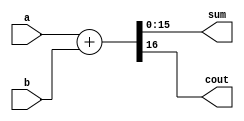

module Accumulator(
    input wire [15:0]a,
    input wire [15:0]b,
    output wire [15:0]sum,
    output wire cout
    );
    assign {cout,sum} = a + b;
endmodule
module AcceptExpense (
    input [15:0]bin_a,
    input [15:0]prev_accum_a,

    output [15:0]accum_a
);
    wire y;
    Accumulator accum(
        .a(bin_a),
        .b(prev_accum_a),
        .sum(accum_a),
        .cout(y)
    );
    
endmodule

module bcd_comparator_16bit(
    input wire [15:0]a,
    input wire [15:0]b,
    output wire equal,
    output wire a_greater,
    output wire b_greater
);
//compartor
wire x0,x1,x2,x3,x4,x5,x6,x7,x8,x9,x10,x11,x12,x13,x14,x15;
assign x0= ~(a[0] ^ b[0]);
assign x1= ~(a[1] ^ b[1]);
assign x2= ~(a[2] ^ b[2]);
assign x3= ~(a[3] ^ b[3]); 
assign x4= ~(a[4] ^ b[4]);
assign x5= ~(a[5] ^ b[5]);
assign x6= ~(a[6] ^ b[6]);
assign x7= ~(a[7] ^ b[7]);
assign x8= ~(a[8] ^ b[8]);
assign x9= ~(a[9] ^ b[9]);
assign x10= ~(a[10] ^ b[10]);
assign x11= ~(a[11] ^ b[11]);
assign x12= ~(a[12] ^ b[12]);
assign x13= ~(a[13] ^ b[13]);
assign x14= ~(a[14] ^ b[14]);
assign x15= ~(a[15] ^ b[15]);
//logic comparator

assign equal=(x15 & x14 & x13 & x12 & x11 & x10 & x9 & x8 & x7 & x6 & x5 & x4 & x3 & x2 & x1 & x0);
assign a_greater=((a[15] & ~b[15]) | (x15 & a[14] & ~b[14]) | (x15 & x14 & a[13] & ~b[13]) | (x15 & x14 & x13 & a[12] & ~b[12]) | (x15 & x14 & x13 & x12 & a[11] & ~b[11]) | (x15 & x14 & x13 & x12 & x11 & a[10] & ~b[10]) | (x15 & x14 & x13 & x12 & x11 & x10 & a[9] & ~b[9]) | (x15 & x14 & x13 & x12 & x11 & x10 & x9 & a[8] & ~b[8]) | (x15 & x14 & x13 & x12 & x11 & x10 & x9 & x8 & a[7] & ~b[7]) | (x15 & x14 & x13 & x12 & x11 & x10 & x9 & x8 & x7 & a[6] & ~b[6]) | (x15 & x14 & x13 & x12 & x11 & x10 & x9 & x8 & x7 & x6 & a[5] & ~b[5]) | (x15 & x14 & x13 & x12 & x11 & x10 & x9 & x8 & x7 & x6 & x5 & a[4] & ~b[4]) | (x15 & x14 & x13 & x12 & x11 & x10 & x9 & x8 & x7 & x6 & x5 & x4 & a[3] & ~b[3]) | (x15 & x14 & x13 & x12 & x11 & x10 & x9 & x8 & x7 & x6 & x5 & x4 & x3 & a[2] & ~b[2]) | (x15 & x14 & x13 & x12 & x11 & x10 & x9 & x8 & x7 & x6 & x5 & x4 & x3 & x2 & a[1] & ~b[1]) | (x15 & x14 & x13 & x12 & x11 & x10 & x9 & x8 & x7 & x6 & x5 & x4 & x3 & x2 & x1 &a[0]&~b[0]));
assign b_greater=((~a[15] & b[15]) | (x15 & ~a[14] & b[14]) | (x15 & x14 & ~a[13] & b[13]) | (x15 & x14 & x13 & ~a[12] & b[12]) | (x15 & x14 & x13 & x12 & ~a[11] & b[11]) | (x15 & x14 & x13 & x12 & x11 & ~a[10] & b[10]) | (x15 & x14 & x13 & x12 & x11 & x10 & ~a[9] & b[9]) | (x15 & x14 & x13 & x12 & x11 & x10 & x9 & ~a[8] & b[8]) | (x15 & x14 & x13 & x12 & x11 & x10 & x9 & x8 & ~a[7] & b[7]) | (x15 & x14 & x13 & x12 & x11 & x10 & x9 & x8 & x7 & ~a[6] & b[6]) | (x15 & x14 & x13 & x12 & x11 & x10 & x9 & x8 & x7 & x6 & ~a[5] & b[5]) | (x15 & x14 & x13 & x12 & x11 & x10 & x9 & x8 & x7 & x6 & x5 & ~a[4] & b[4]) | (x15 & x14 & x13 & x12 & x11 & x10 & x9 & x8 & x7 & x6 & x5 & x4 & ~a[3] & b[3]) | (x15 & x14 & x13 & x12 & x11 & x10 & x9 & x8 & x7 & x6 & x5 & x4 & x3 & ~a[2] & b[2]) | (x15 & x14 & x13 & x12 & x11 & x10 & x9 & x8 & x7 & x6 & x5 & x4 & x3 & x2 & ~a[1] & b[1]) | (x15 & x14 & x13 & x12 & x11 & x10 & x9 & x8 & x7 & x6 & x5 & x4 & x3 & x2 & x1 & ~a[0]&b[0]));

endmodule


module Executor(
    input [15:0] budget,
    input [15:0] ninebudget,
    input [15:0]a_expense,
    input [15:0]b_expense,
    input [15:0]prev_accum_a,
    input [15:0]prev_accum_b,
    output [15:0]accum_a,
    output [15:0]accum_b,
    output [15:0]cumulative,
    output [2:0] led_gyr
);
    

        wire i,o,p,o1,p1;
        AcceptExpense m6(a_expense,prev_accum_a,accum_a);
        AcceptExpense m7(b_expense,prev_accum_b,accum_b);
        Accumulator m8(accum_a,accum_b,cumulative,i);
        bcd_comparator_16bit m9(cumulative,ninebudget,o,ninty_comp,p);
        bcd_comparator_16bit m10(cumulative,budget,o1,budget_comp,p1);
        

        wire g,y,r;
        assign r=budget_comp;
        assign y=ninty_comp&(~r);
        assign g=~(y | r);
        assign led_gyr[0]=g;
        assign led_gyr[1]=y;
        assign led_gyr[2]=r;

    
endmodule

module mini_tb;

    reg [15:0] budget;
    reg [15:0] ninebudget;
    reg [15:0] a_expense;
    reg [15:0] b_expense;
    reg [15:0]prev_accum_a;
    reg [15:0]prev_accum_b;
    wire [15:0]accum_a;
    wire [15:0]accum_b;
    wire [15:0]cumulative;
    wire [2:0] led_gyr;
    Executor M1(budget,ninebudget,a_expense,b_expense,prev_accum_a,prev_accum_b,accum_a,accum_b,cumulative,led_gyr);
	
	initial 
	begin   
		$display("|   Budget  |  ninty percent budget |      Expense-A      |     Expense-B     |   Cumulative-A   |   Cumulative-B  |   Cumulative   | G | Y | R |");
		$display("|-----------------------------------------------------------------------------------------------------------------------------------------------|");

		prev_accum_a=16'd0;
        prev_accum_b=16'd0;
        budget=16'd5000;
        ninebudget=16'd4500;
        a_expense=16'd500;
        b_expense=16'd400;
        $monitor("| %d     |            %d      |       %d         |       %d       |       %d      |       %d     |       %d    | %b | %b | %b | ",budget,ninebudget,a_expense,b_expense,accum_a,accum_b,cumulative,led_gyr[0],led_gyr[1],led_gyr[2]);
		
       repeat(10)
       begin
            #10 a_expense=$urandom%500; b_expense=$urandom%500; prev_accum_a=accum_a+16'd0; prev_accum_b=accum_b+16'd0;
        
       end
        
    end
	
	initial #2390 $finish;


endmodule